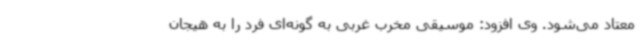
معتاد می‌شود. وی افزود: موسیقی مخرب غربی به گونه‌ای فرد را به هیجان